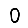
Digit: 0